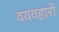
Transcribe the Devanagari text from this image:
वयवहारों